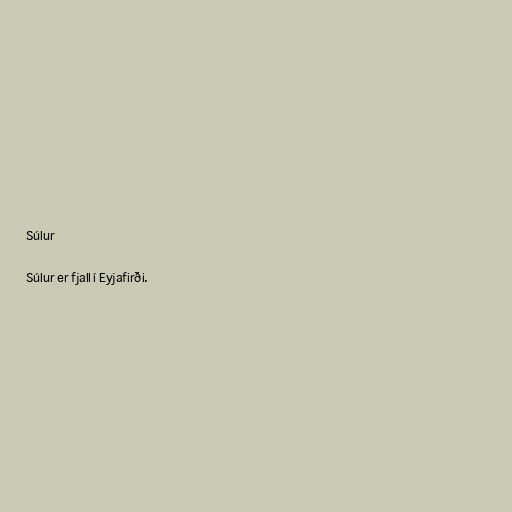
Súlur

Súlur er fjall í Eyjafirði.